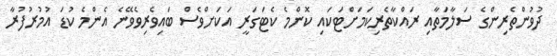
ދުވުންތެރިންގެ ސަލާމަތާއި ރައްކާތެރިކަމަށްޓަކައި ކޮންމެ ކެޓަގަރީ އަކަށްވެސް ބައިވެރިވެވޭނެ އެންމެ ކުޑަ އުމުރުފުރާ